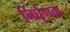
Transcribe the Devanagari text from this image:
निर्घृणता